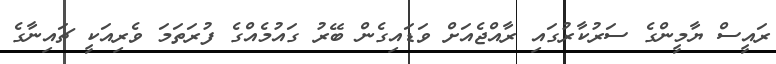
ރައީސް ޔާމީންގެ ސަރުކާރުގައި ރާއްޖެއަށް ވަޑައިގެން ބޭރު ގައުމެއްގެ ފުރަތަމަ ވެރިއަކީ ޗައިނާގެ